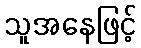
သူအနေဖြင့်